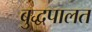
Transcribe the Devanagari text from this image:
बुद्धपालत